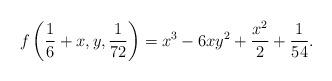
LaTeX: \begin{align*}f\left( \frac{1}{6}+x,y,\frac{1}{72}\right) =x^{3}-6xy^{2}+\frac{x^{2}}{2}+\frac{1}{54}. \end{align*}